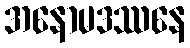
အနောမဒဿနေ